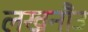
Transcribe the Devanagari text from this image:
लखनौउ